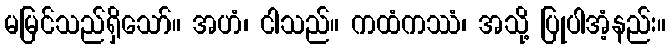
မမြင်သည်ရှိသော်။ အဟံ၊ ငါသည်။ ကထံကဿံ၊ အသို့ ပြုပါအံ့နည်း။